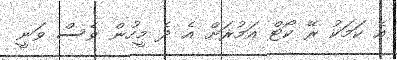
އެ ކަމަކު ރޭ ކޯޓް އަމުރަށް އެ ދެ މީހުން ވެސް ވަނީ